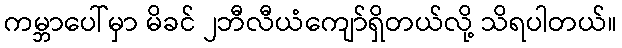
ကမ္ဘာပေါ်မှာ မိခင် ၂ဘီလီယံကျော်ရှိတယ်လို့ သိရပါတယ်။